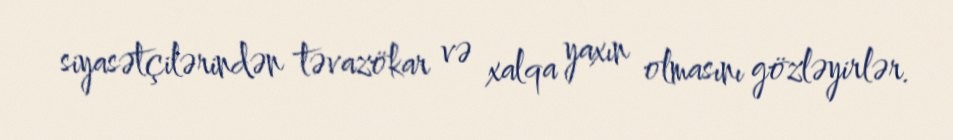
siyasətçilərindən təvazökar və xalqa yaxın olmasını gözləyirlər.